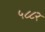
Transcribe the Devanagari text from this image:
५८८२